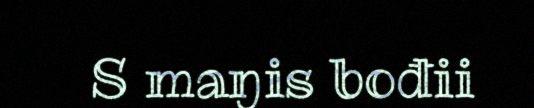
S maŋis bođii